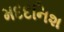
મદદનિશ